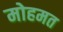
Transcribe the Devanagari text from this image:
मोहमत